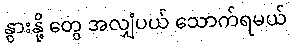
နွားနို့ တွေ အလျှံပယ် သောက်ရမယ်